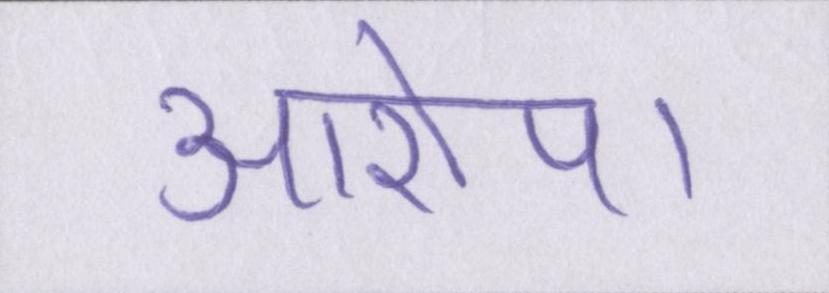
आरोप।